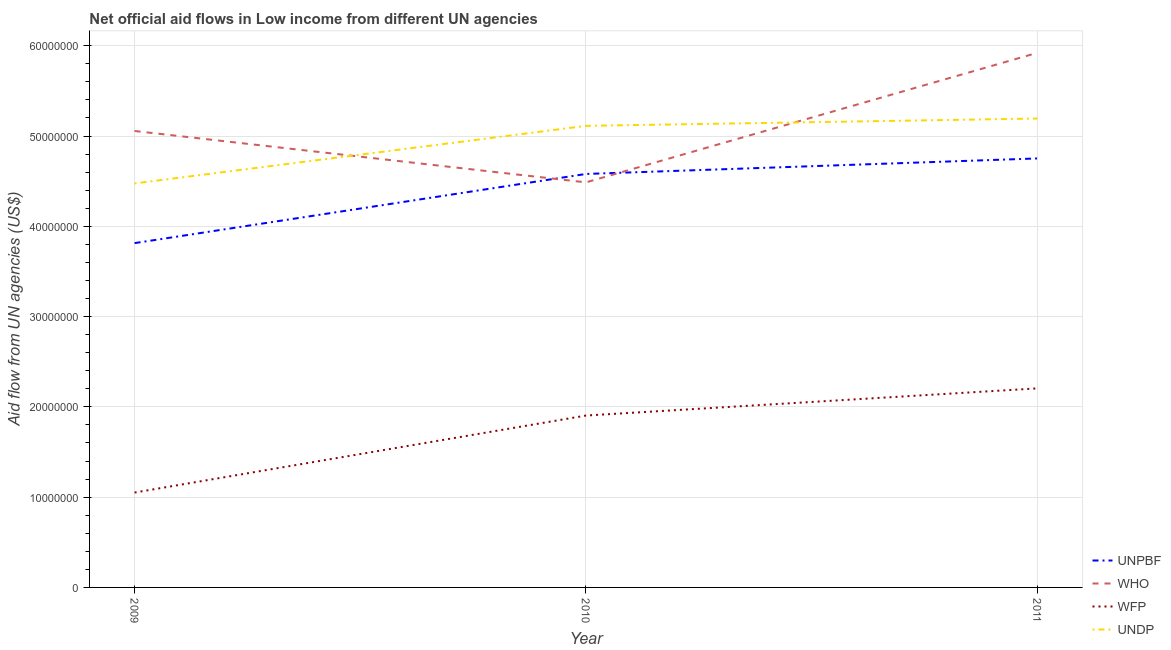
| Year | UNPBF | WHO | WFP | UNDP |
 | --- | --- | --- | --- | --- |
 | 2009 | 3.81e+07 | 5.06e+07 | 1.05e+07 | 4.48e+07 |
 | 2010 | 4.58e+07 | 4.49e+07 | 1.9e+07 | 5.11e+07 |
 | 2011 | 4.75e+07 | 5.92e+07 | 2.20e+07 | 5.19e+07 |